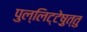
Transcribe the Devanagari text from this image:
पुल्लिट्टेष़ुत्तु